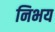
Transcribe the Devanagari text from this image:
निभय